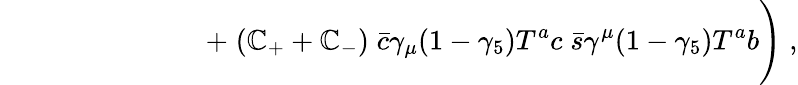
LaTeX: {\quad\quad\quad\quad\quad\quad\quad\; +\; (\mathbb{C}_{+}+\mathbb{C}_{-})\; {\bar{{c}}}\gamma_{\mu}(1-\gamma_{5})T^{a}c\; {\bar{{s}}}\gamma^{\mu}(1-\gamma_{5})T^{a}b\Bigg)\; ,}